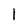
Character: 1